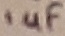
Text: 10µF